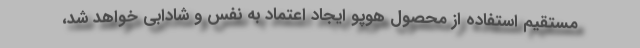
مستقیم استفاده از محصول هوپو ایجاد اعتماد به نفس و شادابی خواهد شد،